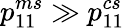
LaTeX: {p}_{11}^{ms}\gg{p}_{11}^{cs}